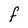
Character: F